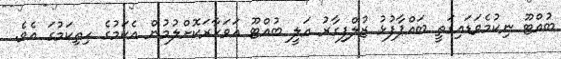
ބުއްޓޫ ނިކުމެވަޑައިގަތީ ބައްޕާފުޅު ޒުލްފިގާރު އަލީ ބުއްޓޫ އަވަހާރަކޮށްލުމުން އެކަމުގެ ހިތިކަމުގަ އެވެ.